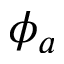
\phi _ { a }